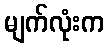
မျက်လုံးက